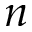
n